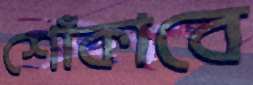
শোঁকাবে